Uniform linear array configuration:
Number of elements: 32
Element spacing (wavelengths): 0.75
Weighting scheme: hamming
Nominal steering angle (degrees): -45
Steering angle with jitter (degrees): -45.498
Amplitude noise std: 0.05
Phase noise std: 0.05

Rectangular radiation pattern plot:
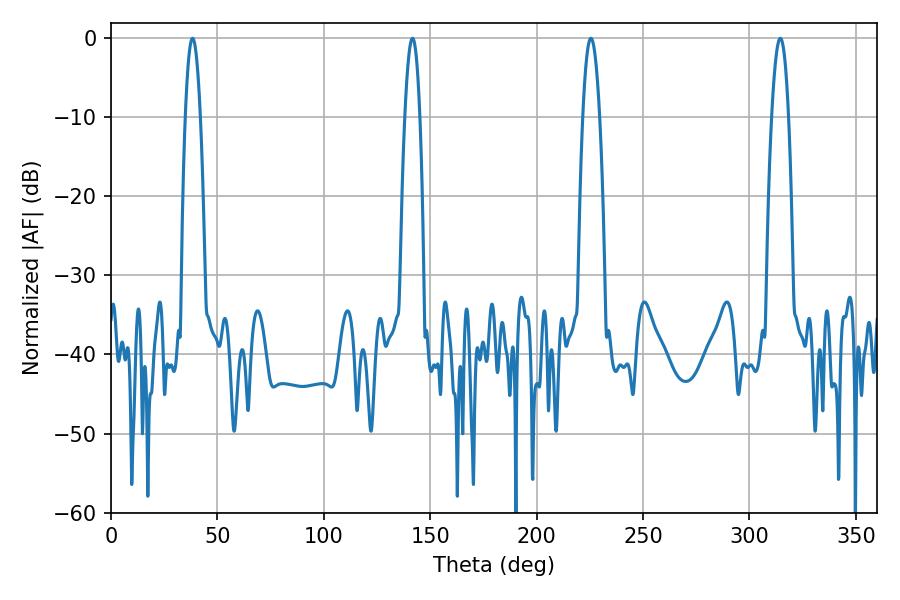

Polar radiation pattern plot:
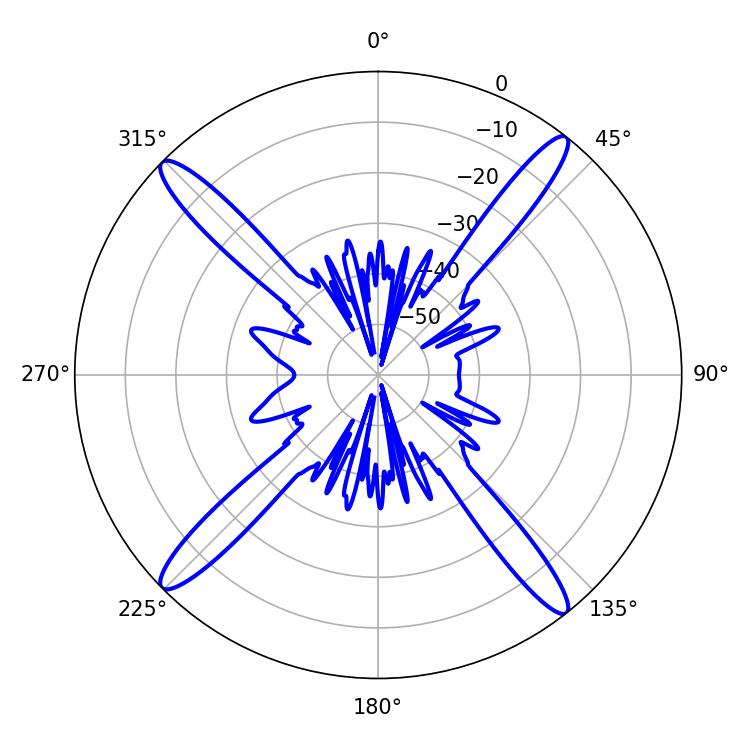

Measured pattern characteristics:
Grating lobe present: TRUE
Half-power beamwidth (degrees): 3.96
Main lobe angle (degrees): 38.34